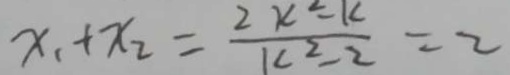
x _ { 1 } + x _ { 2 } = \frac { 2 x ^ { 2 } - k } { k ^ { 2 } - 2 } = 2